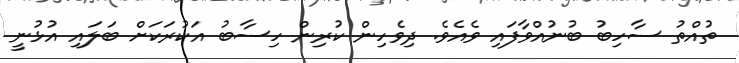
ތުއްތު ސާހިބު ބުނުއްވާފައި ވެއެވެ. ދިވެހިން ކުރިން ހިސާބު އަކުރަކަށް ބަލައި އުޅުނީ